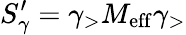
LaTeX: S_{\gamma}^{\prime}={\gamma}_{>}M_{\mathrm{{eff}}}{\gamma}_{>}